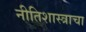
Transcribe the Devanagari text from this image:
नीतिशास्त्राचा